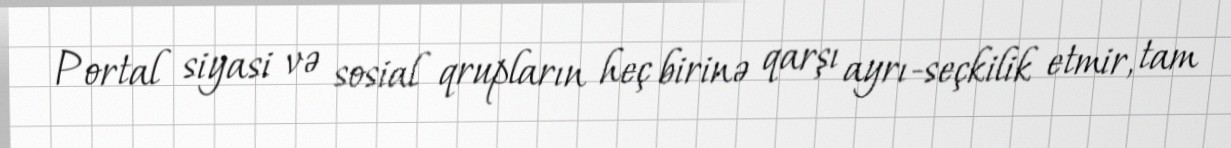
Portal siyasi və sosial qrupların heç birinə qarşı ayrı-seçkilik etmir, tam